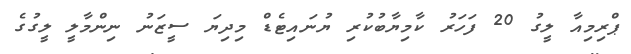
ޕްރިމިއާ ލީގު 20 ފަހަރު ކާމިޔާބުކުރި ޔުނައިޓެޑް މިދިޔަ ސީޒަނު ނިންމާލީ ލީގުގެ